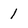
Character: 1